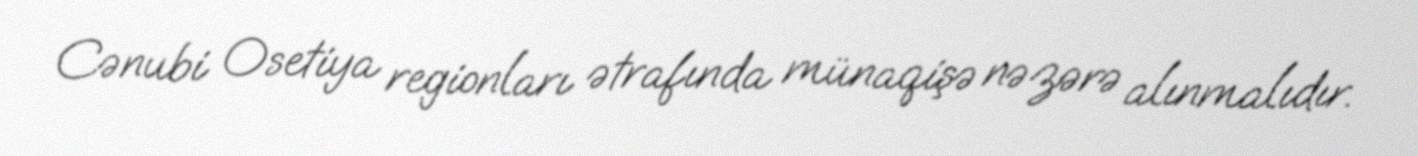
Cənubi Osetiya regionları ətrafında münaqişə nəzərə alınmalıdır.